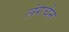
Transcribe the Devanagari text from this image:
लंगचेन